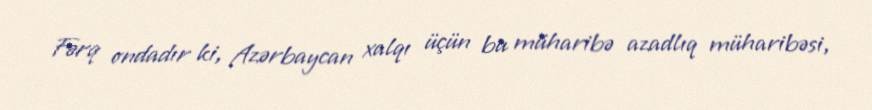
Fərq ondadır ki, Azərbaycan xalqı üçün bu müharibə azadlıq müharibəsi,